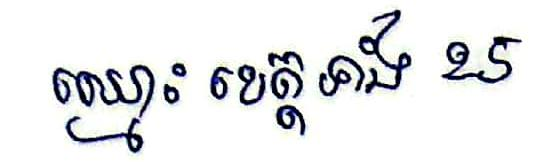
ឈ្មោះ ខេត្តទាំង 25